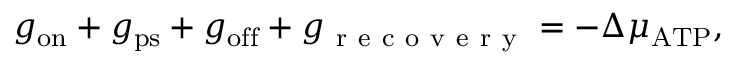
g _ { \mathrm { o n } } + g _ { \mathrm { p s } } + g _ { \mathrm { o f f } } + g _ { \mathrm { ~ r ~ e ~ c ~ o ~ v ~ e ~ r ~ y ~ } } = - \Delta \mu _ { \mathrm { A T P } } ,